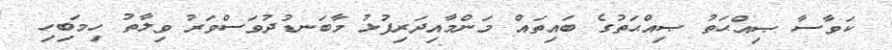
ކަވާސާ ޞިއްޙަތު ޞިއްޙަތުގެ ބައިތައް މަންމާއިދަރިފުޅު މާބަނޑުދުވަސްވަރު ވިލާތު ހިމަބިހި